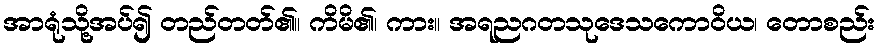
အာရုံသို့အပ်၍ တည်တတ်၏။ ကိမိ၏၊ ကား။ အရညဂတသုဒေသကောဝိယ၊ တောစည်း